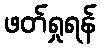
ဖတ်ရှုရန်